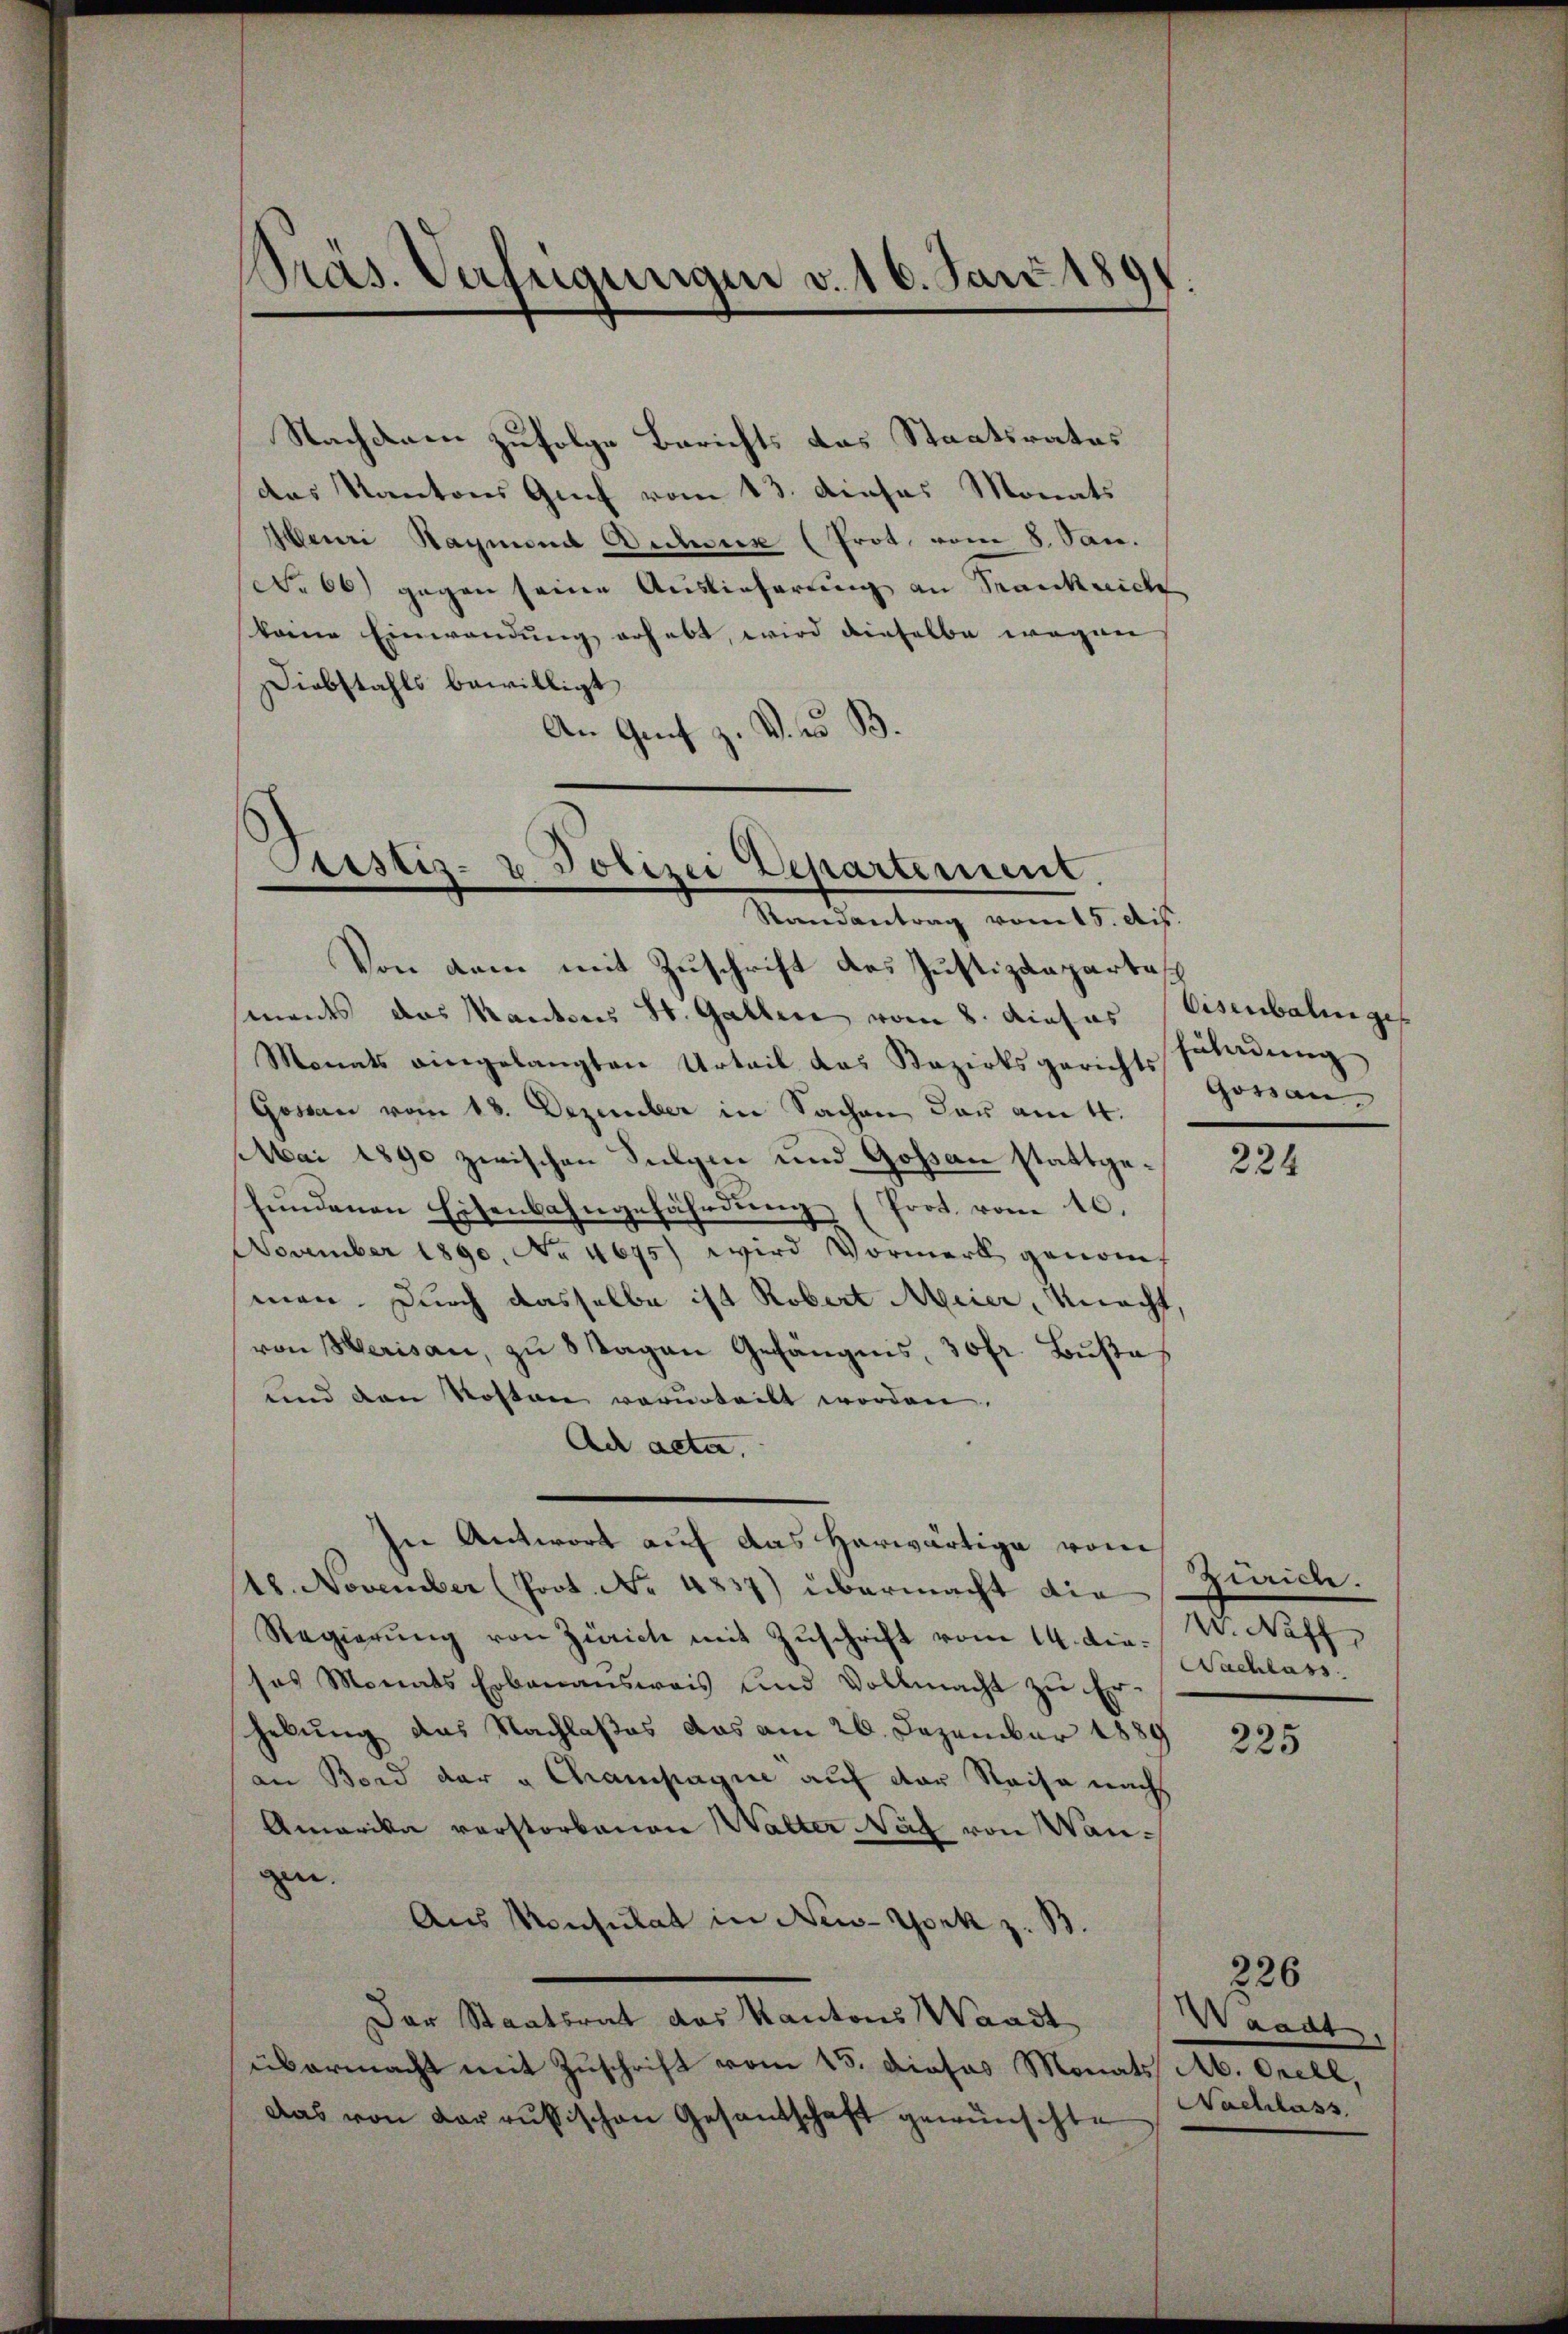
Nachdem zufolge Berichts das Staatsrates
des Kantons Genf vom 13. dieses Monats
beni Sagmend Acker (Prot. vom 8. San.
No 66) gegen seine Auslieferung an Sanknicke
keine Einwendung erhebt, wird dieselbe wegen
Diebstahls bewilligt
An Genf z. B. 2. B.

Präs. Verfügungen v. 16. Jan. 180
f

Custiz- & Polizei Departement.
Randantrag vom 15. ds.

Von dem mit Zuschrift des Justizdepartas
ments das Mantons St. Gallen vom 8. dieses
Monats eingelangten Urteil das Bezirksgerichts Fladŭng
Gossen vom 13. Dezember in Sachen der am 4.
Mai 1890 zwischen Sulgen und Goßau stattgefŭndenen Eisenbahngefährdung (Prot. vom 10.
November 1890. No. 4675) wird Vormerk genommen. Durch dasselbe ist Robert Meier, Macht,
von Herisau, zu 8 Tagen Gefängnis, 30fr. Buße
und den Kosten verurteilt worden.
Ach acta.
In Antwort auf das herwärtige vom
118. November (Prot. No 4837) übermacht die
Regierŭng von Zürich mit Zuschrift vom 14. die. W. Neff
sas Monats Erbauensweis und Vollmacht zu Erhebung das Nachlaßes das am 26. Dezember 1889
an Bord der " Champagnie auf der Reise nach
Amarika verstorbenen Walter Nag von Wangen.
Aus Konsulat in New-York z. B.
Der Staatsrat das Kantons Waadt
übermacht mit Zuschrift vom 15. dieses Monats 16. Orell,
Das von der russischen Gesantschaft gewünschte

Eisenbalinges
Gossan

224

Ziiche.
Nachlass

225

226
Waadt.
Nachlass